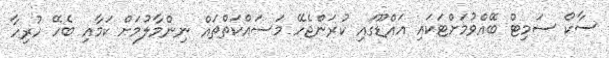
ސާކް ސަމިޓް ބޭއްވުމަށްޓަކައި އައްޑޫގައި ކުރަންޖެހޭ މަސައްކަތްތައް ނިންމާލުމަށް ކަމާއި ބެހޭ ހުރިހާ